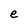
Character: e